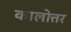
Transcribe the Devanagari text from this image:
कालोत्तर